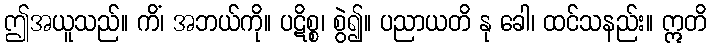
ဤအယူသည်။ ကိံ၊ အဘယ်ကို။ ပဋိစ္စ၊ စွဲ၍။ ပညာယတိ နု ခေါ၊ ထင်သနည်း။ ဣတိ